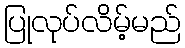
ပြုလုပ်လိမ့်မည်